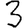
Digit: 3